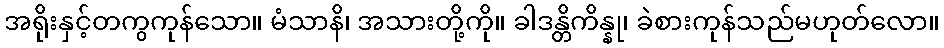
အရိုးနှင့်တကွကုန်သော။ မံသာနိ၊ အသားတို့ကို။ ခါဒန္တိကိန္နု၊ ခဲစားကုန်သည်မဟုတ်လော။